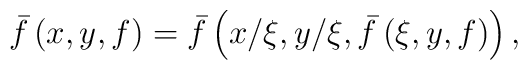
\bar{f}\left( x,y,f\right)=\bar{f}\left( x/\xi,y/\xi,\bar{f}\left( \xi,y,f\right)\right),